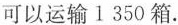
次可以运输l350箱。